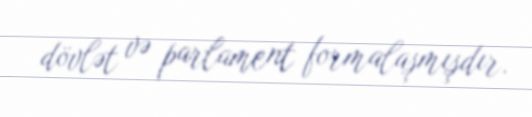
dövlət və parlament formalaşmışdır.